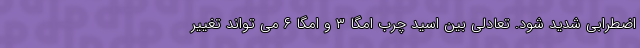
اضطرابی شدید شود. تعادلی بین اسید چرب امگا ۳ و امگا ۶ می تواند تغییر